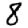
Digit: 8